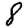
Digit: 8